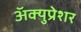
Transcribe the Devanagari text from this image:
अॅक्युप्रेशर